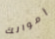
أموالك